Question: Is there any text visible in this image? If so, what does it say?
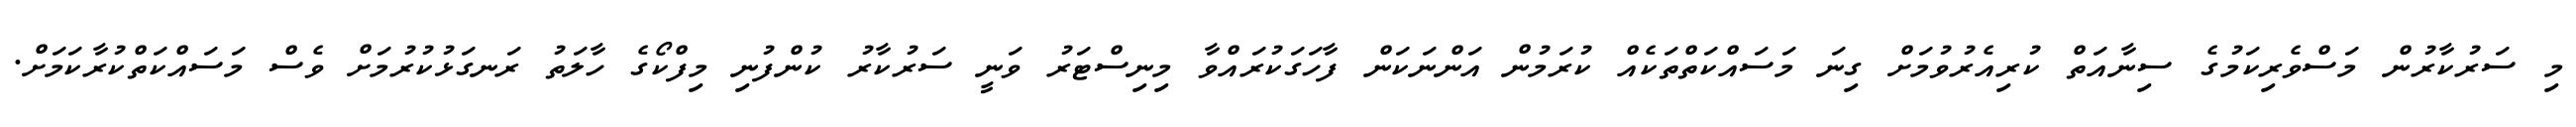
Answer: މި ސަރުކާރުން މަސްވެރިކަމުގެ ސިނާއަތް ކުރިއެރުވުމަށް ގިނަ މަސައްކަތްތަކެއް ކުރަމުން އަންނަކަން ފާހަގަކުރައްވާ މިނިސްޓަރު ވަނީ ސަރުކާރު ކުންފުނި މިފްކޯގެ ހާލަތު ރަނގަޅުކުރުމަށް ވެސް މަސައްކަތްކުރާކަމަށް.